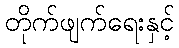
တိုက်ဖျက်ရေးနှင့်